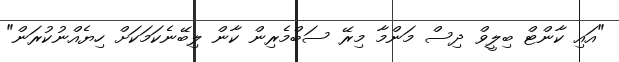
"އައި ކާންޓް ބިލީވް ދިސް މަންމާ މިރޭ ސަބްމެރިން ކާން ލިބޭނެކަމަކަށް ހިޔެއްނުކުރަން"